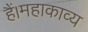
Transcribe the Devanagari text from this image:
हैं।महाकाव्य